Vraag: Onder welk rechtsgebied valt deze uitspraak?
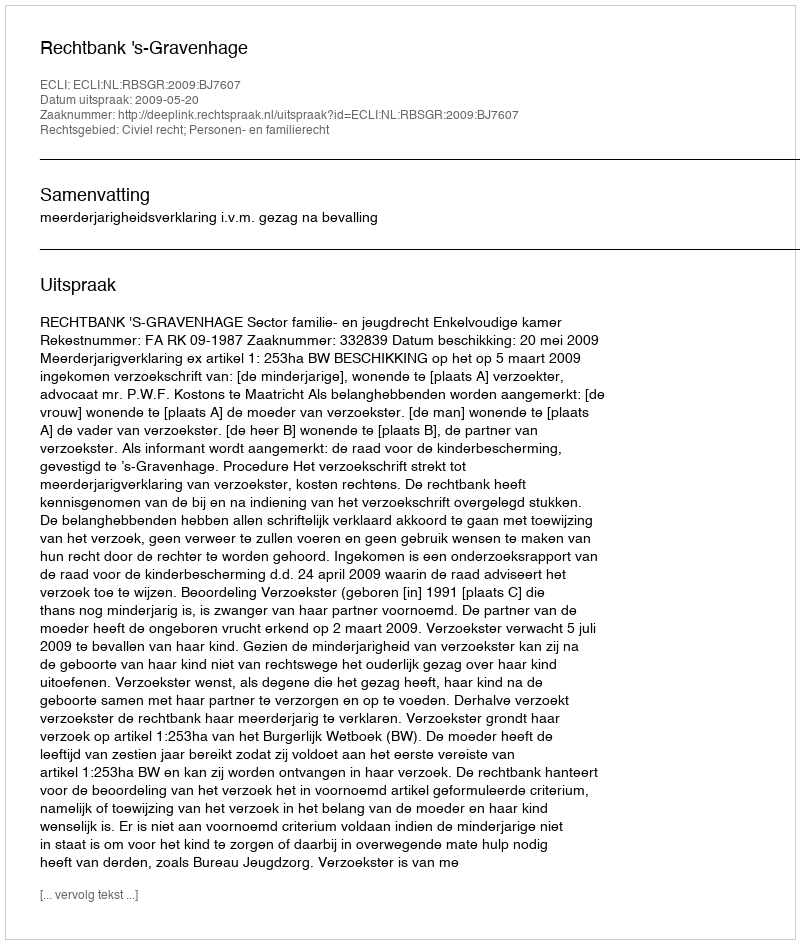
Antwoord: Civiel recht; Personen- en familierecht